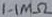
Text: 1.1MΩ